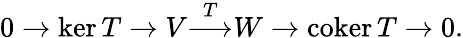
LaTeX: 0\to\ker T\to V{\overset{T}{\longrightarrow}}W\to\operatorname{coker}T\to 0.